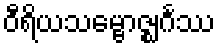
ဝီရိယသမ္ဗောဇ္ဈင်္ဂဿ